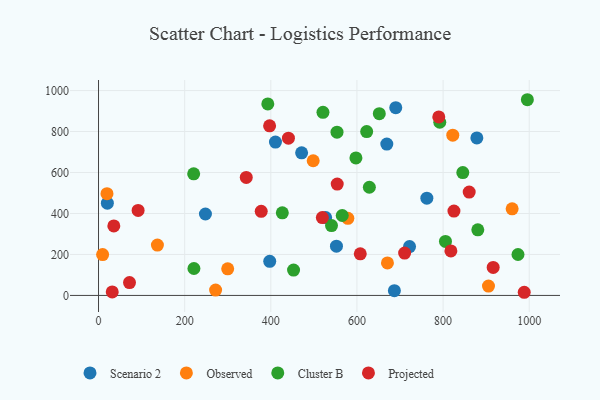
{"axis": {"x": "Speed", "y": "Sales"}, "legend": ["Cluster B", "Observed", "Projected", "Scenario 2"], "data": [{"x": "690.1", "y": 916.5, "type": "Scenario 2"}, {"x": "397.5", "y": 166.6, "type": "Scenario 2"}, {"x": "878.4", "y": 768.6, "type": "Scenario 2"}, {"x": "410.8", "y": 748.6, "type": "Scenario 2"}, {"x": "686.9", "y": 23.4, "type": "Scenario 2"}, {"x": "552.4", "y": 240.3, "type": "Scenario 2"}, {"x": "762.3", "y": 474.9, "type": "Scenario 2"}, {"x": "248.2", "y": 397.4, "type": "Scenario 2"}, {"x": "20.5", "y": 450.1, "type": "Scenario 2"}, {"x": "669.3", "y": 738.6, "type": "Scenario 2"}, {"x": "471.5", "y": 696.3, "type": "Scenario 2"}, {"x": "722.1", "y": 238.7, "type": "Scenario 2"}, {"x": "527.3", "y": 380.0, "type": "Scenario 2"}, {"x": "670.8", "y": 158.7, "type": "Observed"}, {"x": "19.6", "y": 496.8, "type": "Observed"}, {"x": "136.7", "y": 246.0, "type": "Observed"}, {"x": "822.5", "y": 782.1, "type": "Observed"}, {"x": "9.5", "y": 199.5, "type": "Observed"}, {"x": "498.4", "y": 657.3, "type": "Observed"}, {"x": "271.8", "y": 26.3, "type": "Observed"}, {"x": "578.9", "y": 376.5, "type": "Observed"}, {"x": "299.9", "y": 129.7, "type": "Observed"}, {"x": "905.4", "y": 45.9, "type": "Observed"}, {"x": "960.3", "y": 422.8, "type": "Observed"}, {"x": "597.6", "y": 671.3, "type": "Cluster B"}, {"x": "845.8", "y": 599.7, "type": "Cluster B"}, {"x": "565.8", "y": 390.2, "type": "Cluster B"}, {"x": "628.8", "y": 528.1, "type": "Cluster B"}, {"x": "553.7", "y": 796.7, "type": "Cluster B"}, {"x": "521.1", "y": 893.7, "type": "Cluster B"}, {"x": "540.9", "y": 341.0, "type": "Cluster B"}, {"x": "995.7", "y": 955.3, "type": "Cluster B"}, {"x": "221.5", "y": 131.4, "type": "Cluster B"}, {"x": "651.9", "y": 887.3, "type": "Cluster B"}, {"x": "426.7", "y": 403.4, "type": "Cluster B"}, {"x": "452.8", "y": 123.9, "type": "Cluster B"}, {"x": "622.6", "y": 799.7, "type": "Cluster B"}, {"x": "792.3", "y": 845.4, "type": "Cluster B"}, {"x": "880.6", "y": 320.0, "type": "Cluster B"}, {"x": "973.9", "y": 199.7, "type": "Cluster B"}, {"x": "220.9", "y": 593.7, "type": "Cluster B"}, {"x": "393.0", "y": 934.7, "type": "Cluster B"}, {"x": "805.5", "y": 263.4, "type": "Cluster B"}, {"x": "377.7", "y": 410.6, "type": "Projected"}, {"x": "554.2", "y": 543.8, "type": "Projected"}, {"x": "519.7", "y": 380.0, "type": "Projected"}, {"x": "916.3", "y": 136.9, "type": "Projected"}, {"x": "397.2", "y": 827.8, "type": "Projected"}, {"x": "91.9", "y": 415.1, "type": "Projected"}, {"x": "710.7", "y": 206.7, "type": "Projected"}, {"x": "343.0", "y": 576.1, "type": "Projected"}, {"x": "790.0", "y": 871.2, "type": "Projected"}, {"x": "31.8", "y": 17.2, "type": "Projected"}, {"x": "860.6", "y": 504.6, "type": "Projected"}, {"x": "988.4", "y": 15.4, "type": "Projected"}, {"x": "440.9", "y": 767.8, "type": "Projected"}, {"x": "71.9", "y": 62.6, "type": "Projected"}, {"x": "607.7", "y": 203.0, "type": "Projected"}, {"x": "35.5", "y": 339.1, "type": "Projected"}, {"x": "825.2", "y": 412.0, "type": "Projected"}, {"x": "818.1", "y": 217.3, "type": "Projected"}]}